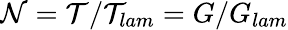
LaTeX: \mathcal{N}=\mathcal{T}/\mathcal{T}_{lam}=G/G_{lam}